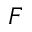
F